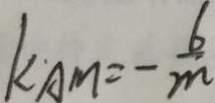
k A M = - \frac { 6 } { m }